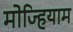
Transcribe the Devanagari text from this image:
मोज्हियाम